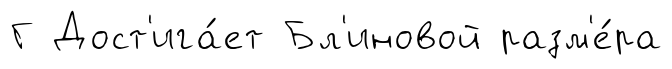
Г Дост'ига́ет Бл'иновой разм'е́ра